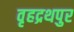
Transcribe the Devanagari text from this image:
वृहद्रथपुर